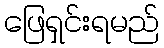
ဖြေရှင်းရမည်